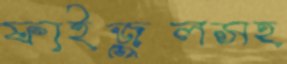
ফাইজুলসহ